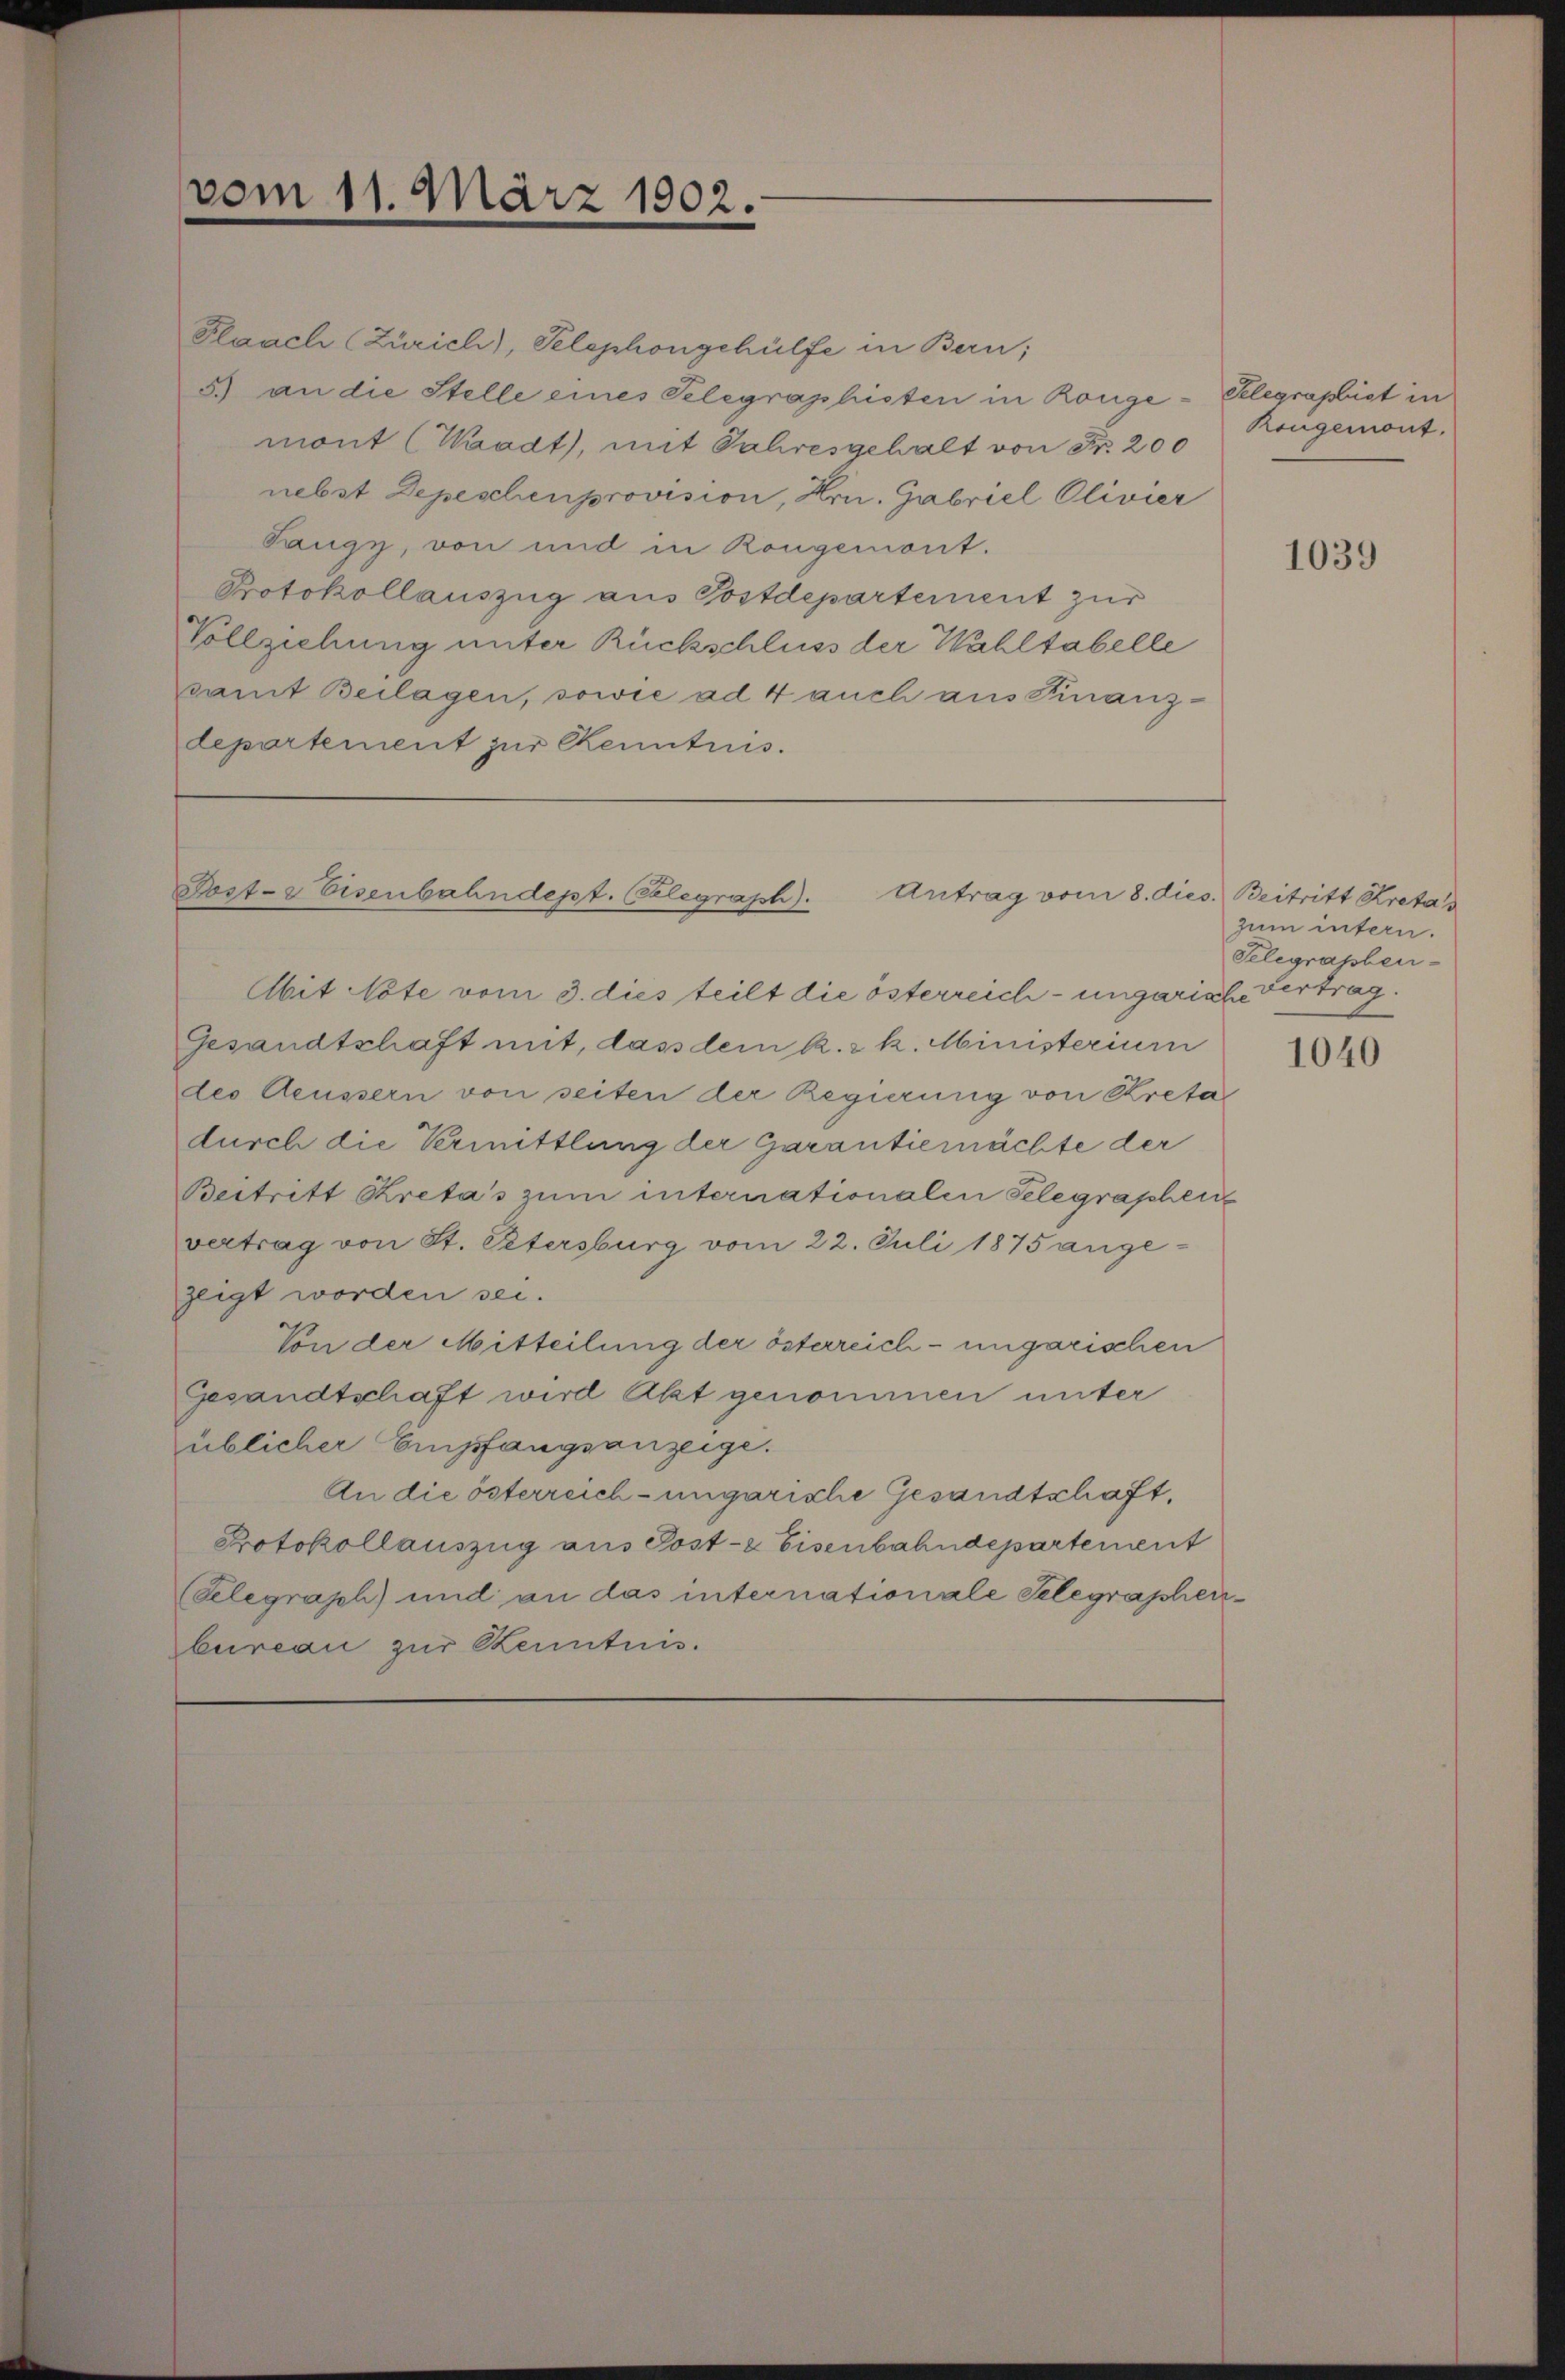
vom 11. März 1902.

Plaach (Zürich), Telephongehülfe in Bern;
5.) an die Stelle eines Telegraphisten in Ronge- Gelegraphist in
mont (Waadt, mit Jahresgehalt von Fr. 200
nebst Depeschenprovision, Hrn. Gabriel Olivier
Sanzy, von und in Kongemont.
Protokollauszug aus Postdepartement zur
Vollziehung unter Rückschluss der Wahltabelle
damit Beilagen, sowie ad 4 auch aus Finanzdepartement zur Kenntnis.

Post- & Eisenbahndept. Celegraph). Antrag vom 8. dies. Beitritt Kretas

Abit Note vom 3. dies teilt die österreich-ungarische Vertrag.
Gesandtschaft mit, dass dem k. k. Ministerium
des Aeussern von seiten der Regierung von Kreta
durch die Vermittlung der Garantiemächte der
Beitritt Kretas zum internationalen Telegraphen
vertrag von St. Petersburg vom 22. Juli 1875 angezeigt worden sei.
Von der Mitteilung der österreich- ungarischen
Gesandtschaft wird Akt genommen unter
üblicher Empfangsanzeige.
An die österreich-ungarische Gesandtschaft,
Protokollauszug aus Post- & Eisenbahndepartement
(Telegraph) und an das internationale Selegraphenbureau zur Kenntnis.

Rongemont.

1039

zum intern.
Selegraphen-

1040